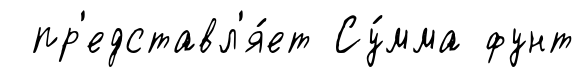
пр'едставл'я́ет Су́мма фунт